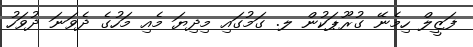
ފަޒީލް ހިމެނޭ ގުރޫޕަކުން ލ. ގަމުގައި މިދިޔަ މެއި މަހުގެ ދެވަނަ ދުވަހު